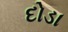
દોડા